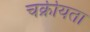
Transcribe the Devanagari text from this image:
चक्रीयता